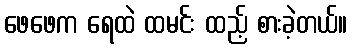
ဖေဖေက ရေထဲ ထမင်း ထည့် စားခဲ့တယ်။